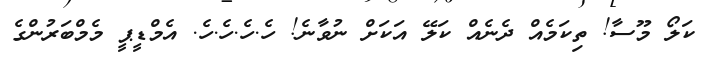
ކަލޯ މޫސާ! ތިކަމެއް ދެނެއް ކަލޭ އަކަށް ނުވާނެ! ހެ.ހެ.ހެ.ހެ. އެމްޑީޕީ މެމްބަރުންގެ